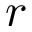
\boldsymbol { r }